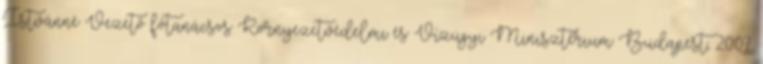
Istvánné Vezető főtanácsos Környezetvédelmi és Vízügyi Minisztérium Budapest, 2007.